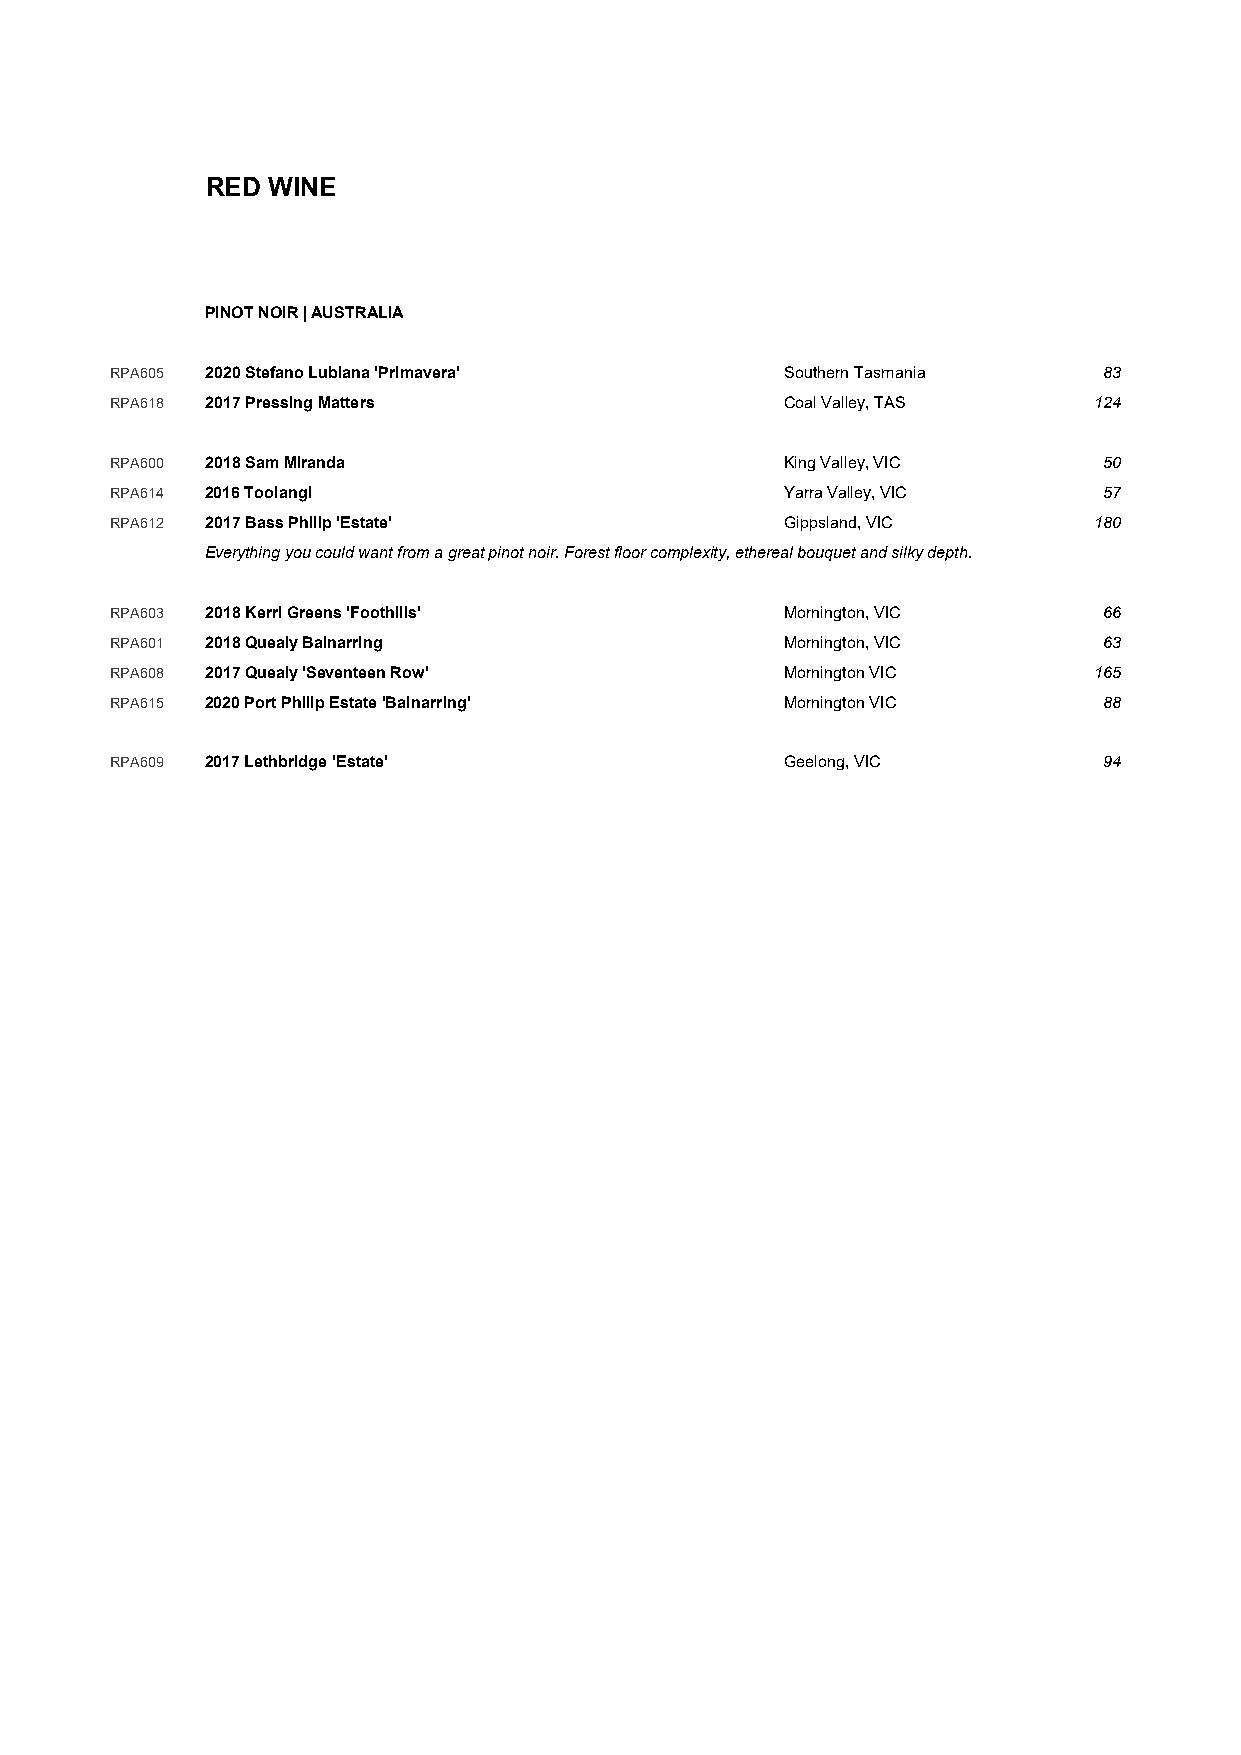
RED WINE
 PINOT NOIR | AUSTRALIA
 RPA605 2020 Stefano Lubiana 'Primavera'      Southern Tasmania    83
 RPA618 2017 Pressing Matters                 Coal Valley, TAS    124
 RPA600 2018 Sam Miranda                      King Valley, VIC     50
 RPA614 2016 Toolangi                         Yarra Valley, VIC    57
 RPA612 2017 Bass Philip 'Estate'             Gippsland, VIC      180
 Everything you could want from a great pinot noir. Forest floor complexity, ethereal bouquet and silky depth.
 RPA603 2018 Kerri Greens 'Foothills'         Mornington, VIC      66
 RPA601 2018 Quealy Balnarring                Mornington, VIC      63
 RPA608 2017 Quealy 'Seventeen Row'           Mornington VIC      165
 RPA615 2020 Port Philip Estate 'Balnarring'  Mornington VIC       88
 RPA609 2017 Lethbridge 'Estate'              Geelong, VIC         94